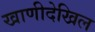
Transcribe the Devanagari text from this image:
खाणीदेखिल